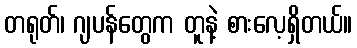
တရုတ်၊ ဂျပန်တွေက တူနဲ့ စားလေ့ရှိတယ်။